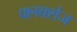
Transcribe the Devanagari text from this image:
फ्लक्‍सेज